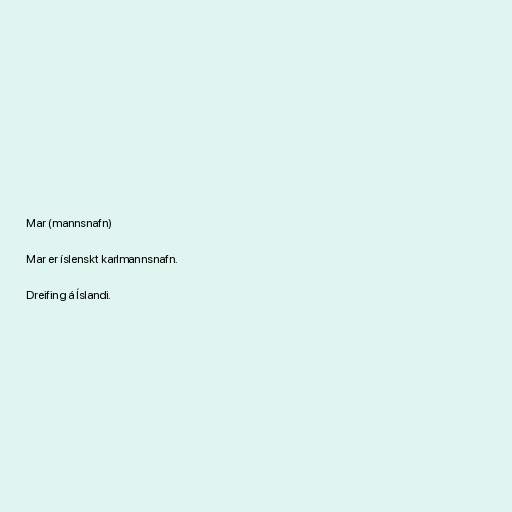
Mar (mannsnafn)

Mar er íslenskt karlmannsnafn.

Dreifing á Íslandi.